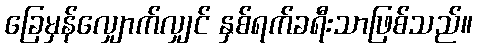
ခြေမှန်လျှောက်လျှင် နှစ်ရက်ခရီးသာဖြစ်သည်။